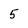
Character: 5